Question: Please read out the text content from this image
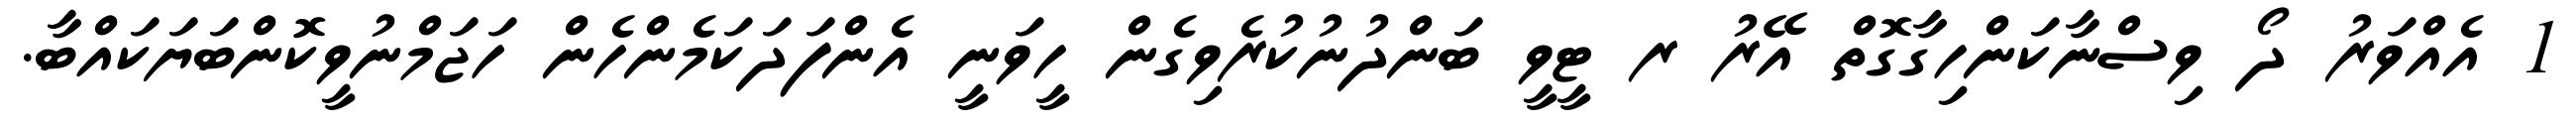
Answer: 1 އެއްވަރު ދޯ ވިސްނާކަންހިގާގޮތް އޭރު ރ ޓީވީ ބަންދުނުކުރެވިގެން ހީވަނީ އެންފަދަކަމެންހެން ހަޖަމްނުވީކޮންބަޔަކައްބާ.